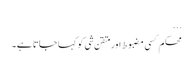
...
محکم کسی مضبوط اور متقن شی کو کہا جاتا ہے۔